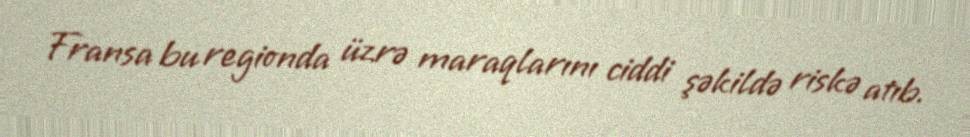
Fransa bu regionda üzrə maraqlarını ciddi şəkildə riskə atıb.